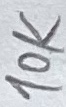
Text: 10K